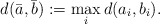
\begin{align*} d(\bar a,\bar b):=\max_{i}d(a_i,b_i). \end{align*}